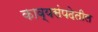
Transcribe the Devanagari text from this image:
काव्यसंपदेतील